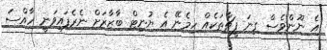
އެ ނޫންވެސް ގިނަ ފީޗާތަކެއް ހިމެނޭ އެ ޔުނިޓް ބާޒާރަށް ނެރެފައިވަނީ ހާއްސަ